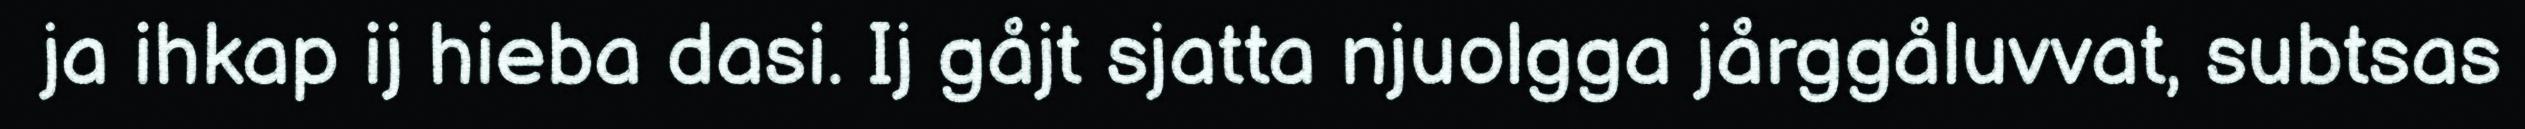
ja ihkap ij hieba dasi. Ij gåjt sjatta njuolgga jårggåluvvat, subtsas